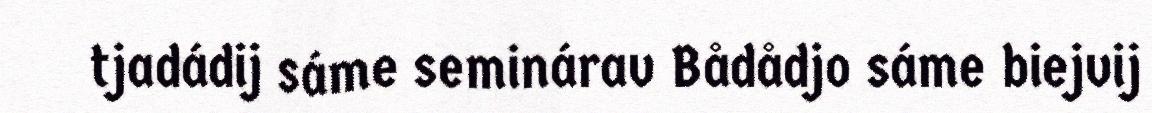
tjadádij sáme seminárav Bådådjo sáme biejvij